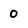
Character: 0